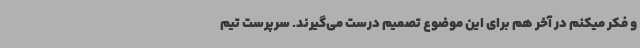
و فکر میکنم در آخر هم برای این موضوع تصمیم درست می‌گیرند. سرپرست تیم‌